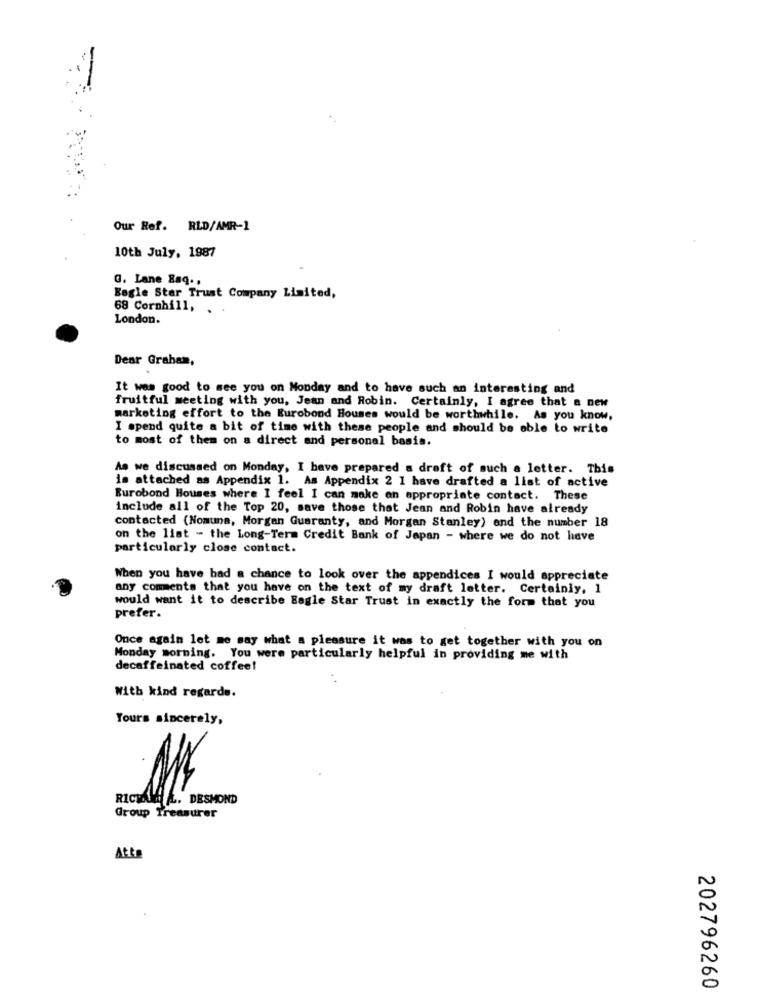
Our Ref. RLD/AMR-1
10th July, 1987
G. Lane Esq .,
Eagle Star Trust Company Limited,
68 Cornhill, .
London.
Dear Graham,
It was good to see you on Monday and to have such an interesting and
fruitful meeting with you, Jean and Robin. Certainly, I agree that a new
marketing effort to the Eurobond Houses would be worthwhile. As you know,
I spend quite a bit of time with these people and should be able to write
to most of them on a direct and personal basis.
As we discussed on Monday, I have prepared a draft of such a letter. This
is attached as Appendix 1. As Appendix 2 I have drafted a list of active
Eurobond Houses where I feel I can make an appropriate contact. These
include all of the Top 20, save those that Jean and Robin have already
contacted (Nomuna, Morgan Guaranty, and Morgan Stanley) and the number 18
on the list - the Long-Term Credit Bank of Japan - where we do not have
particularly close contact.
When you have had a chance to look over the appendices I would appreciate
any comments that you have on the text of my draft letter. Certainly, 1
would want it to describe Bagle Star Trust in exactly the form that you
prefer.
Once again let me say what a pleasure it was to get together with you on
Monday morning. You were particularly helpful in providing me with
decaffeinated coffee!
With kind regards.
Yours sincerely,
RICTAL &. DESMOND
Group Treasurer
Atto
202796260